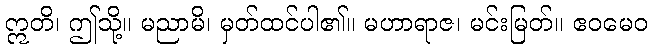
ဣတိ၊ ဤသို့။ မညာမိ၊ မှတ်ထင်ပါ၏။ မဟာရာဇ၊ မင်းမြတ်။ ဧဝမေဝ